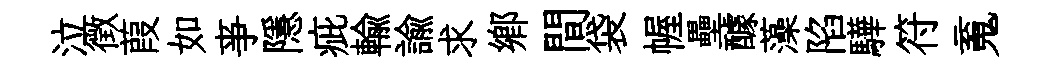
泣徴葭如亊隱疵輸諭求郷間袋幄壘醵藻陷驊符䰟